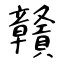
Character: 贛